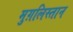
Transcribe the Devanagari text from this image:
मुग़लिस्तान